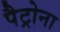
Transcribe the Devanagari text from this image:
पैट्रोना